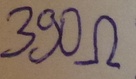
Text: 390Ω